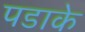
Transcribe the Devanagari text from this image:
पडाके